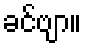
ခင်ဗျာ။